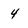
Character: 4